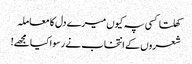
کھلتا کسی پہ کیوں میرے دل کا معاملہ
شعروں کے انتخاب نے رسوا کیا مجھے!